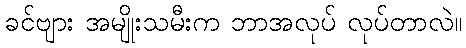
ခင်ဗျား အမျိုးသမီးက ဘာအလုပ် လုပ်တာလဲ။